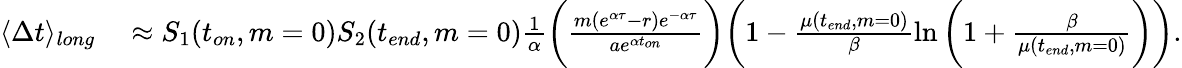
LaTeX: \begin{array}{rl}{\langle\Delta t\rangle_{long}}&{{}\approx S_{1}(t_{on},m=0)S_{2}(t_{end},m=0)\frac{1}{\alpha}\bigg(\frac{m(e^{\alpha\tau}-r)e^{-\alpha\tau}}{ae^{\alpha t_{on}}}\bigg)\bigg(1-\frac{\mu(t_{end},m=0)}{\beta}\ln{\bigg(1+\frac{\beta}{\mu(t_{end},m=0)}\bigg)}\bigg).}\end{array}